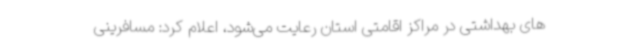
های بهداشتی در مراکز اقامتی استان رعایت می‌شود، اعلام کرد: مسافرینی